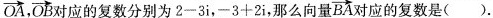
\overrightarrow{OA}，\overrightarrow{BA}对应的复数分别为$$2 - 3 i$$，$$- 3+2 i$$，那么向量\overrightarrow{BA}对应的复数是（）.